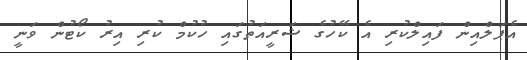
އެޕަލްއިން ފައިލްކުރި އެ ކޭހުގެ ޝަރީއަތުގައި ހުކުމް ކުރި އިރު ކޯޓުން ވަނީ